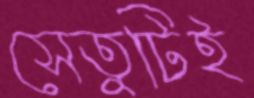
সেতুটিই